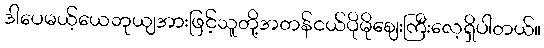
ဒါပေမယ့်ယေဘုယျအားဖြင့်သူတို့အတန်ငယ်ပိုမိုစျေးကြီးလေ့ရှိပါတယ်။